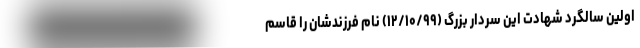
اولین سالگرد شهادت این سردار بزرگ (۱۲/۱۰/۹۹) نام فرزندشان را قاسم